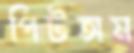
পিটতাম